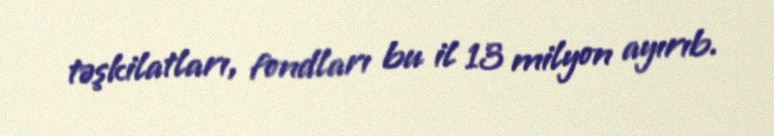
təşkilatları, fondları bu il 13 milyon ayırıb.